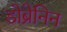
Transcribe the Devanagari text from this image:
डोब्रेनिन